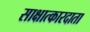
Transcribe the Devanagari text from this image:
साक्षात्कारदाता